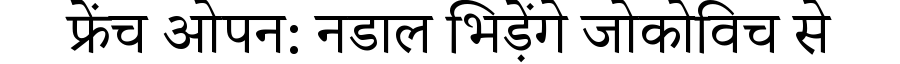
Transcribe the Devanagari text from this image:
फ्रेंच ओपन: नडाल भिड़ेंगे जोकोविच से